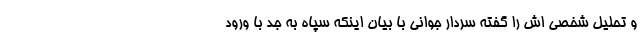
و تحلیل شخصی اش را گفته سردار جوانی با بیان اینکه سپاه به جدّ با ورود